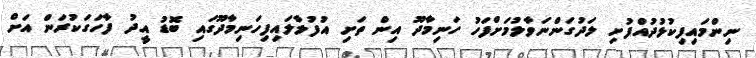
ނިންމައިފިކުޅުދުއްފުށި ލަދުގަންނަވާލުމަށްފަހު ހަނިމާދޫ އިން ތަށި އުފުލާލައިފިހަނިމާދޫގައި ބޮޑު އީދު ފާހަގަކުރަން އަށް